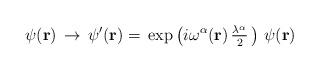
LaTeX: \begin{align*}{\psi}({\bf{r}})\,\rightarrow\,\psi^\prime({\bf{r}})=\,\exp\left(i\omega^\alpha({\bf{r}})\,{\textstyle\frac{\lambda^\alpha}{2}}\,\right)\,\psi({\bf{r}})\;\end{align*}